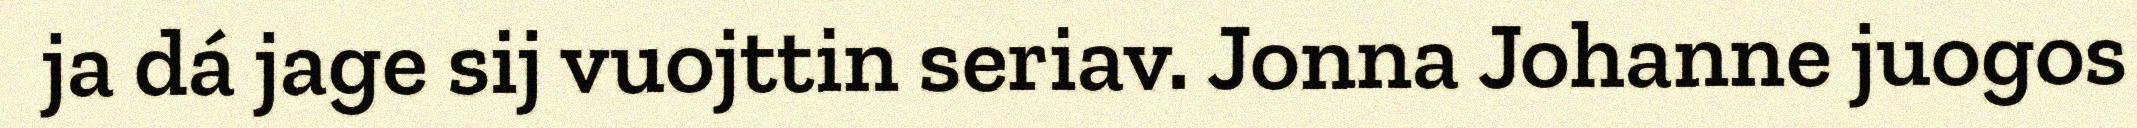
ja dá jage sij vuojttin seriav. Jonna Johanne juogos